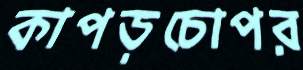
কাপড়চোপর